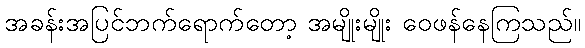
အခန်းအပြင်ဘက်ရောက်တော့ အမျိုးမျိုး ဝေဖန်နေကြသည်။